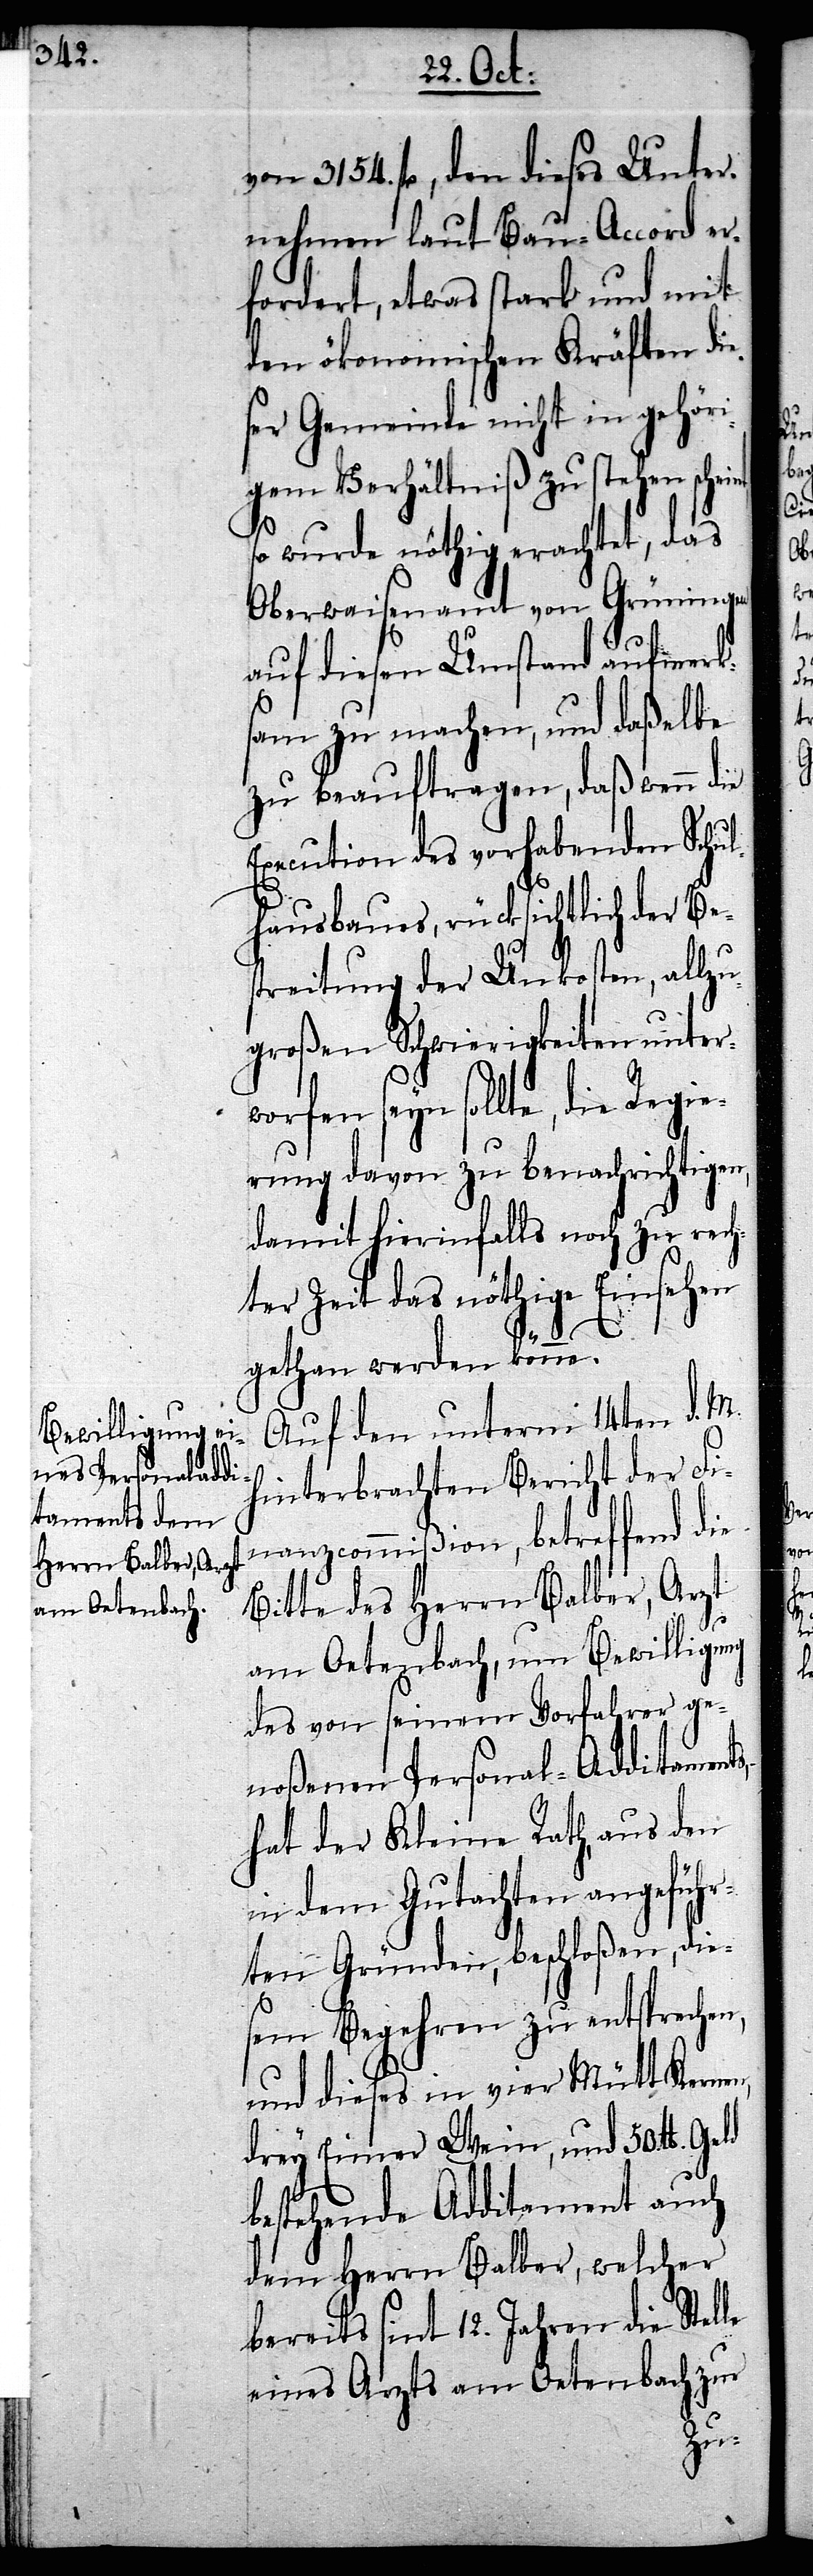
von 3154. fl, den dieses Unter¬
nehmen laut Bau-Accord er¬
fordert, etwas stark und mit
den ökonomischen Kräften die¬
ser Gemeinde nicht in gehör¬
igem Verhältniß zu stehen sche¬
so wurde nöthig erachtet, das
Oberwaisenamt von Grüningen
auf diesen Umstand aufmerks¬
am zu machen, und daßelbe
zu beauftragen, daß wenn die
Execution des vorhabenden Schul¬
hausbaues, rücksichtlich der Be¬
streitung der Unkosten, allzu
großen Schwierigkeiten unterw¬
orfen seyn sollte, die
erung davon zu benachrichtigen,
damit hierinfalls noch zu rech¬
ter Zeit das nöthige Einsehen
gethan werden könne.
Auf den unterm 14ten d. M.
hinterbrachten Bericht der Fi¬
nanzcommißion, betreffend die
Bitte des Herrn Balber, Arzt
am Oetenbach, um Bewilligung
des von seinem Vorfahrer ge¬
noßenen Personal-Additaments,
hat der Kleine Rath, aus den
in dem Gutachten angeführ¬
ten Gründen, beschloßen, die¬
sem Begehren zu enstprechen,
und dieses in vier Mütt Kernen,
drey Eimer Wein, und 50. £.
bestehende Additament auch
dem Herrn Balber, welcher
bereits sint 12. Jahren die Stelle
eines Arzts am Oetenbach zur
Regi¬